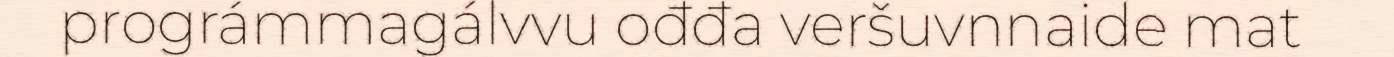
prográmmagálvvu ođđa veršuvnnaide mat